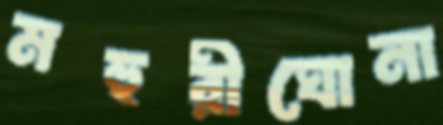
মহুরীঘোনা